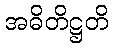
အဓိတိဋ္ဌတိ